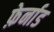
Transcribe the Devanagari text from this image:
फ़ेर्नाड